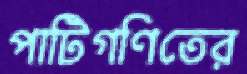
পাটিগণিতের